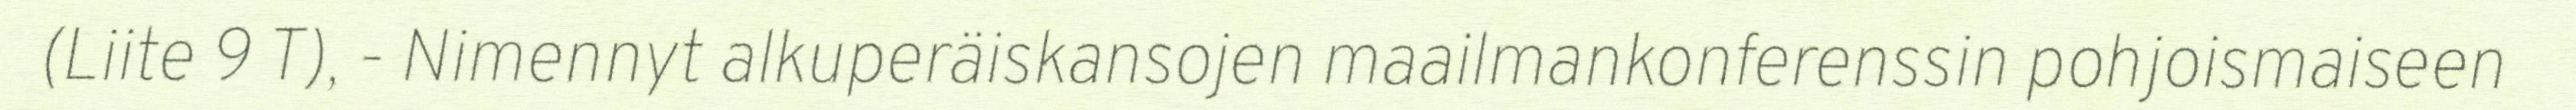
(Liite 9 T), - Nimennyt alkuperäiskansojen maailmankonferenssin pohjoismaiseen